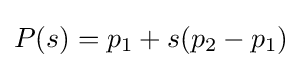
P(s)=p_{1}+s(p_{2}-p_{1})